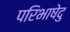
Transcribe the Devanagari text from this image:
परिभाषेदु